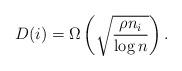
LaTeX: \begin{align*} D(i) = \Omega\left(\sqrt{\frac{\rho n_i}{\log n}}\right). \end{align*}